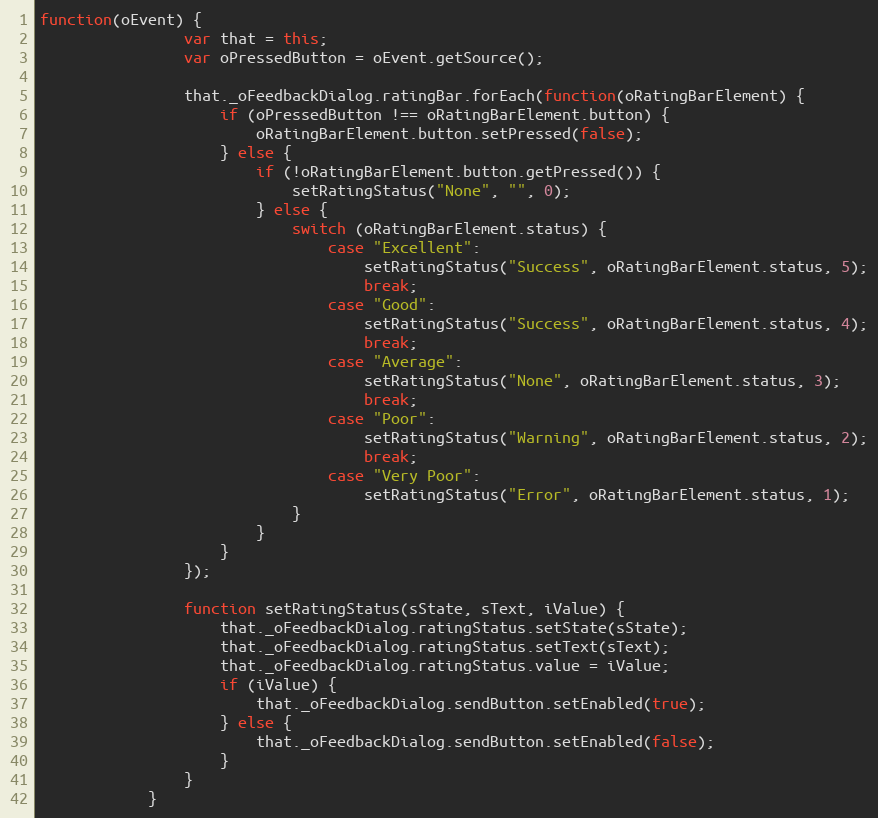
Language: JavaScript
function(oEvent) {
				var that = this;
				var oPressedButton = oEvent.getSource();

				that._oFeedbackDialog.ratingBar.forEach(function(oRatingBarElement) {
					if (oPressedButton !== oRatingBarElement.button) {
						oRatingBarElement.button.setPressed(false);
					} else {
						if (!oRatingBarElement.button.getPressed()) {
							setRatingStatus("None", "", 0);
						} else {
							switch (oRatingBarElement.status) {
								case "Excellent":
									setRatingStatus("Success", oRatingBarElement.status, 5);
									break;
								case "Good":
									setRatingStatus("Success", oRatingBarElement.status, 4);
									break;
								case "Average":
									setRatingStatus("None", oRatingBarElement.status, 3);
									break;
								case "Poor":
									setRatingStatus("Warning", oRatingBarElement.status, 2);
									break;
								case "Very Poor":
									setRatingStatus("Error", oRatingBarElement.status, 1);
							}
						}
					}
				});

				function setRatingStatus(sState, sText, iValue) {
					that._oFeedbackDialog.ratingStatus.setState(sState);
					that._oFeedbackDialog.ratingStatus.setText(sText);
					that._oFeedbackDialog.ratingStatus.value = iValue;
					if (iValue) {
						that._oFeedbackDialog.sendButton.setEnabled(true);
					} else {
						that._oFeedbackDialog.sendButton.setEnabled(false);
					}
				}
			}